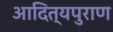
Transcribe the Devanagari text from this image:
आदित्यपुराण